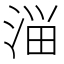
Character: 𰜈